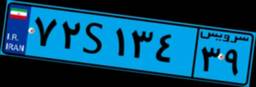
۷۲S۱۳۴۳۹